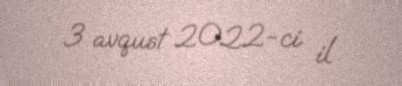
3 avqust 2022-ci il